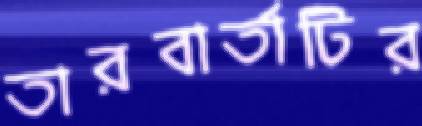
তারবার্তাটির